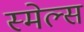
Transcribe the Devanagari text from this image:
स्‍मेल्‍स